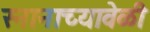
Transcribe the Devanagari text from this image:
स्नानाच्यावेळी